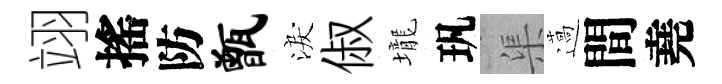
翊搖防甑淚俶壠㺬渠薖間堯